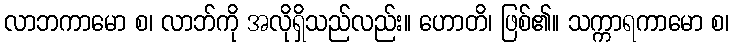
လာဘကာမော စ၊ လာဘ်ကို အလိုရှိသည်လည်း။ ဟောတိ၊ ဖြစ်၏။ သက္ကာရကာမော စ၊